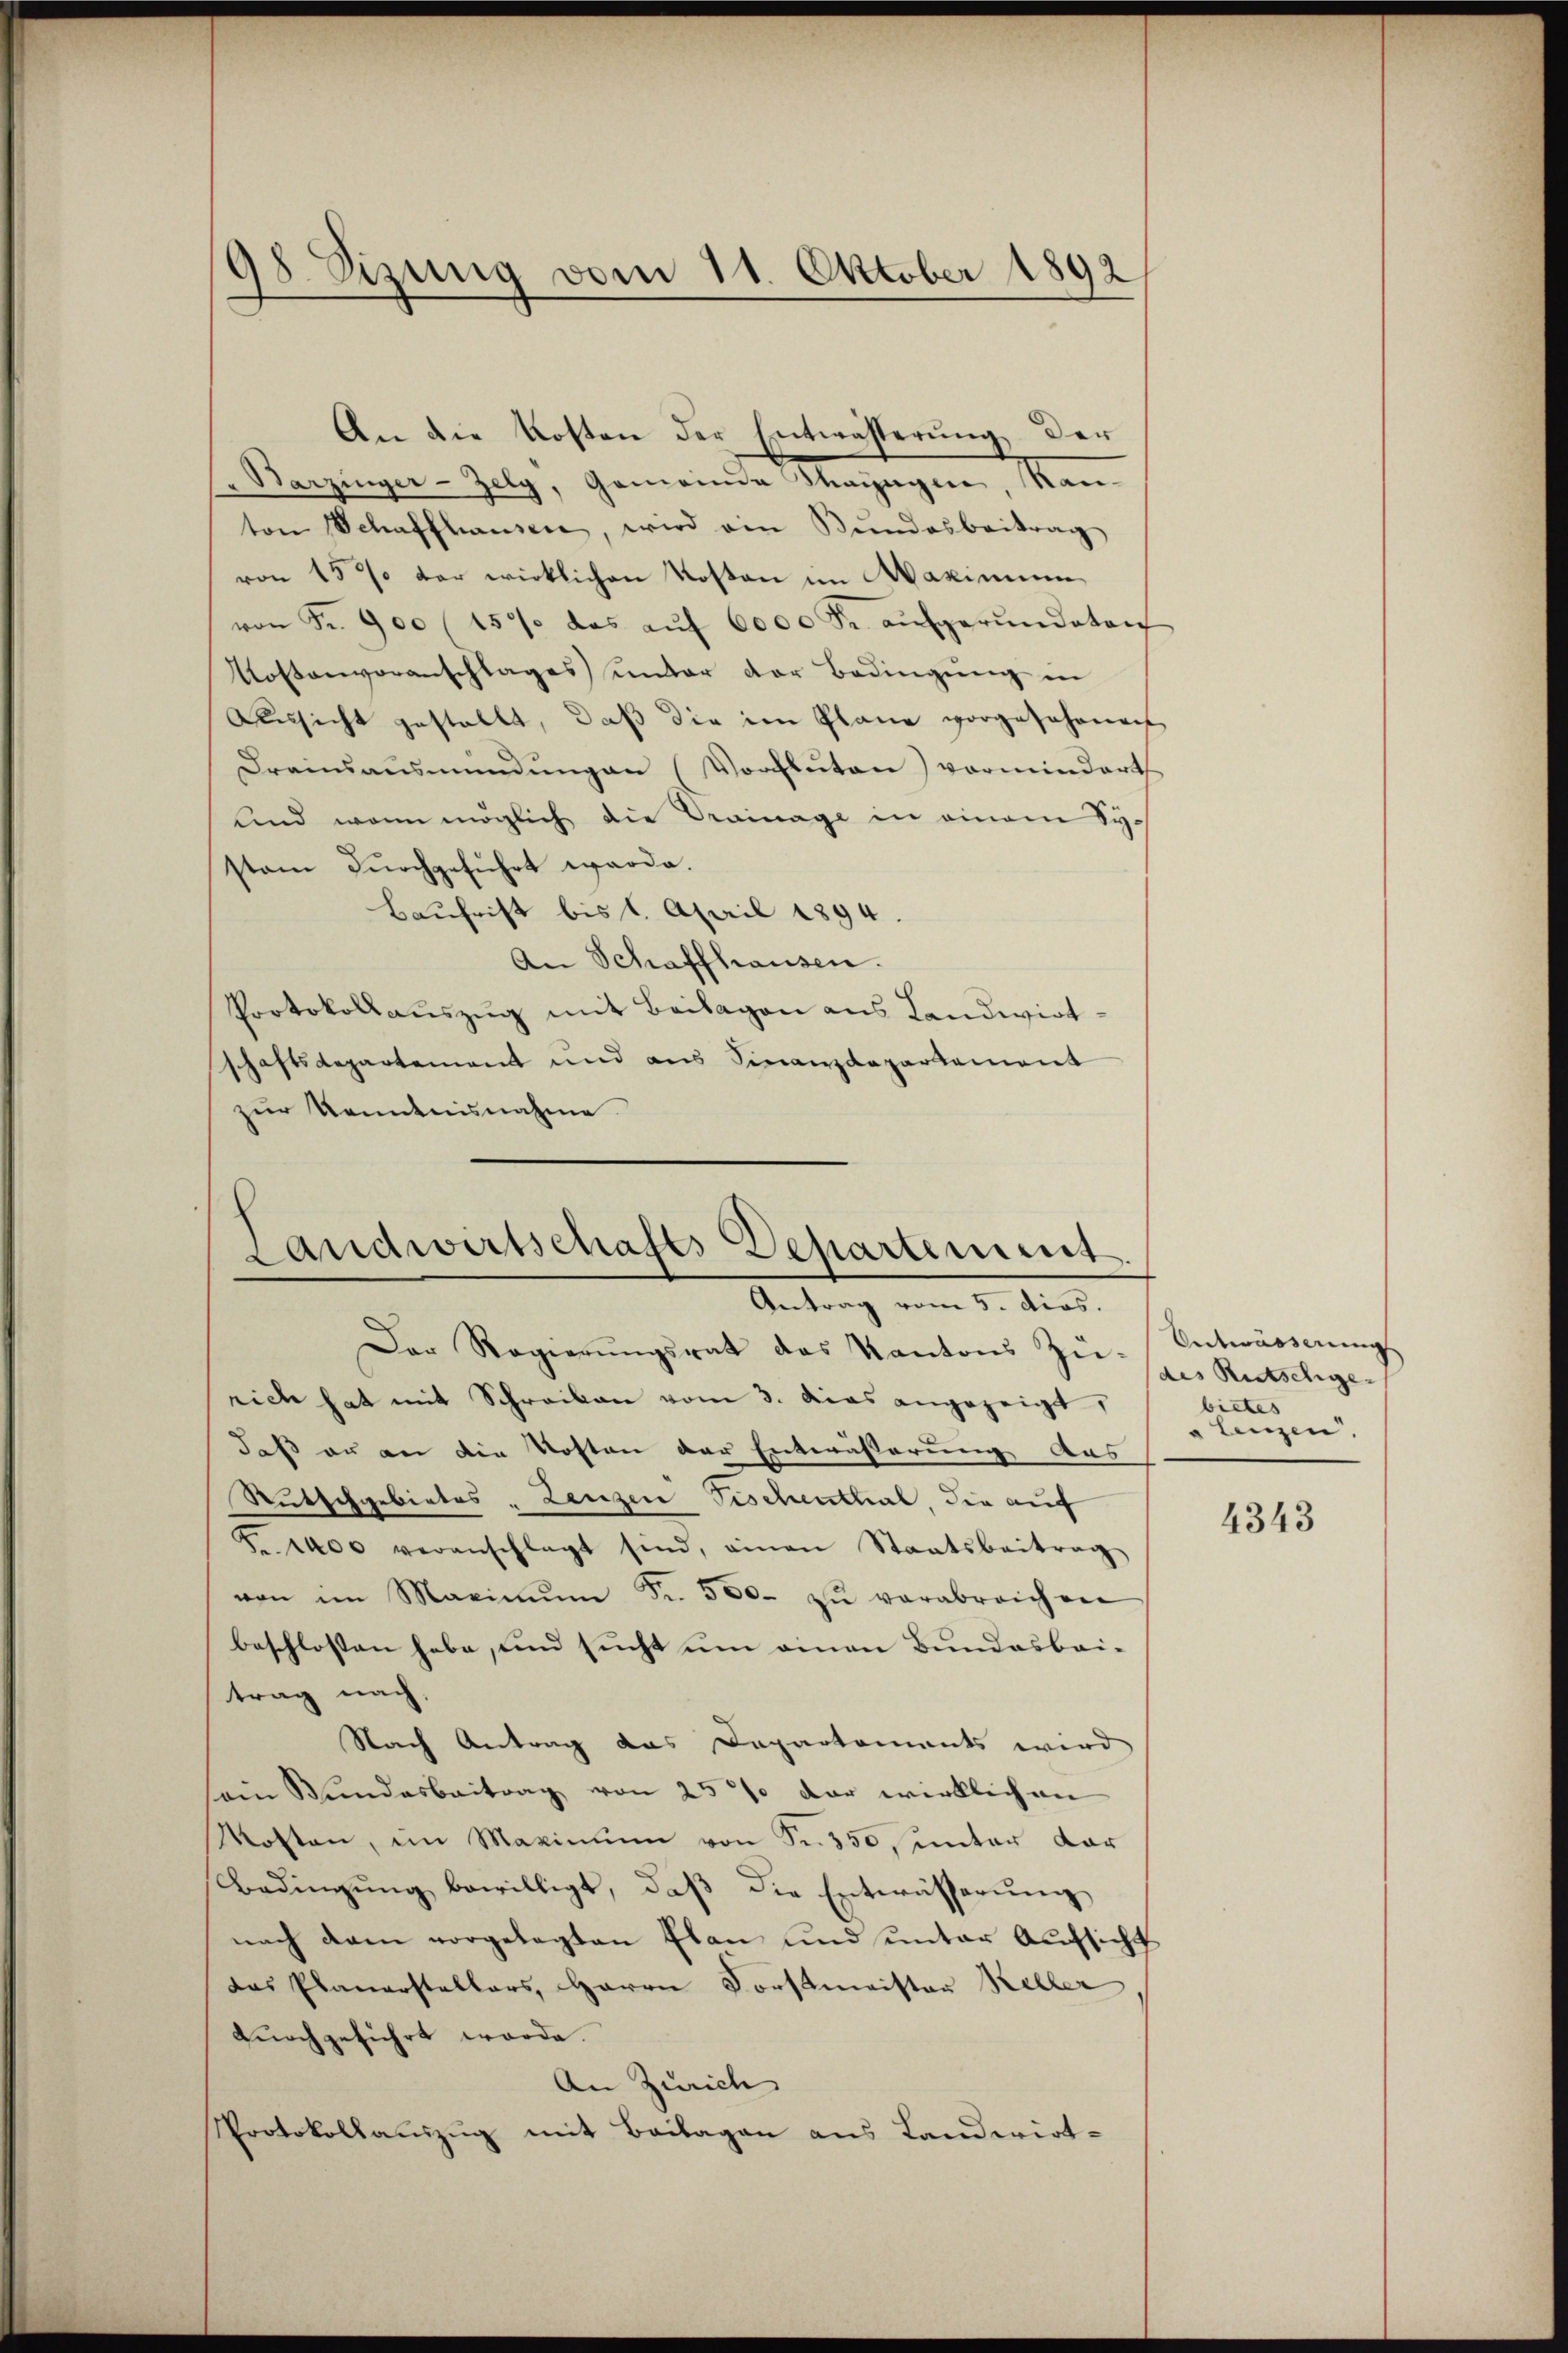
"Barzinger-Zely, Gemeinde Mangen, Kanton Schaffhausen, wird am Bundesbeitrag
von 157 der wirklichen Kosten im Maximum
von Fr. 900 (150 das aŭf 6000 Fr. aŭfgerŭndeten
Kostenvoranschlages ŭnter der Bedingŭng in
Aŭsicht gestellt, daβ die im Plane vorgeschonen
Dreinsaŭsmündŭngen (Vorcluten) vormindert
Kind wenn möglich die Prainage in einem Sy-
stem dŭrchgeführt werde.
Baufrist bis 6. April 1894.
An Schaffhausen.
Protokollauszug mit Beilagen aus Landwirtschaftsdepartement und aus Finanzdepartement
zur Kenntnisnahme.

98. Sizung vom 11. Oktober 1892

An die Kosten der Entwässerung der

Landwirtschafts Departement.
Antrag vom 5. dies.

Der Regierŭngsrat des Kantons Zürich hat mit Schreiben vom 3. Das angezeigt,
daß er an die Kosten der Entwässerung aus
Rutschgebietes " Lenzen Tischenthal die auf
Fr. 1400 veranschlagt sind, einen Staatsbeitrag
von im Maximŭm Fr. 500. zŭ verabreichen
beschlossen habe, und sucht um einen Bundesbei-
trag nach
Nach Antrag das Departements wird
sem Bundesbeitrag von 25 % der wirklichen
Mosten, im Maximum von Sr. 350, unter dar
Bedingŭng bewilligt, daβ die Entwässerŭng
nach dem vorgelegten Plan und ŭnter Aufsicht
das Planerstellers, Herrn Forstmeister Keller,
durchgeführt werde.
An Zürich |
Protokollauszug mit Beilagen aus Landwirt-

Entwässerung
des Ritschige
bietes
" Lenzen.

4343